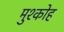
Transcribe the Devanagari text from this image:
मुश्कोह